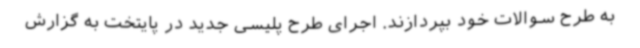
به طرح سوالات خود بپردازند. اجرای طرح پلیسی جدید در پایتخت به گزارش